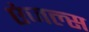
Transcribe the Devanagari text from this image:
एंजल्‍स